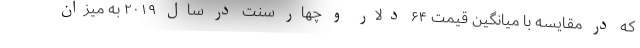
که در مقایسه با میانگین قیمت ۶۴ دلار و چهار سنت در سال ۲۰۱۹ به میزان